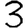
Digit: 3